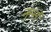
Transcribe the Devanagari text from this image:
नुस्तं